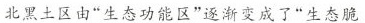
北黑土区由”生态功能区”逐渐变成了”生态脆